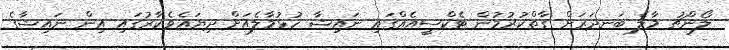
ލޯންޗު މާލެ ބަނދަރަށް ގާތްކުރުމުން ޓެކްސީއެއްގައި ނައިޝާ ހުޅުމާލެއަށް ދިޔައެވެ.ކާރުގައި އިން ނައިޝާގެ